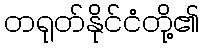
တရုတ်နိုင်ငံတို့၏